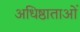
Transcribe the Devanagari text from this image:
अधिष्ठाताओं